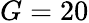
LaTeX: G=20